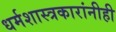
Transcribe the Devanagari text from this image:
धर्मशास्त्रकारांनीही